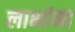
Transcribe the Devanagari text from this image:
लाभांना